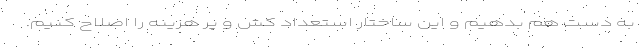
به دست هم بدهیم و این ساختار استعداد کُش و پُر هزینه را اصلاح کنیم.